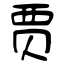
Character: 贾